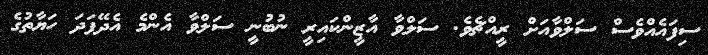
ސިފައެއްވެސް ސަލްވާއަށް ރީއްޗެވެ. ސަލްވާ އާޒީންކައިރީ ނުބުނީ ސަލްވާ އެންމެ އެދޭފަދަ ހަޔާތުގެ